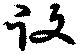
役